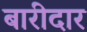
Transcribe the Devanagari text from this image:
बारीदार